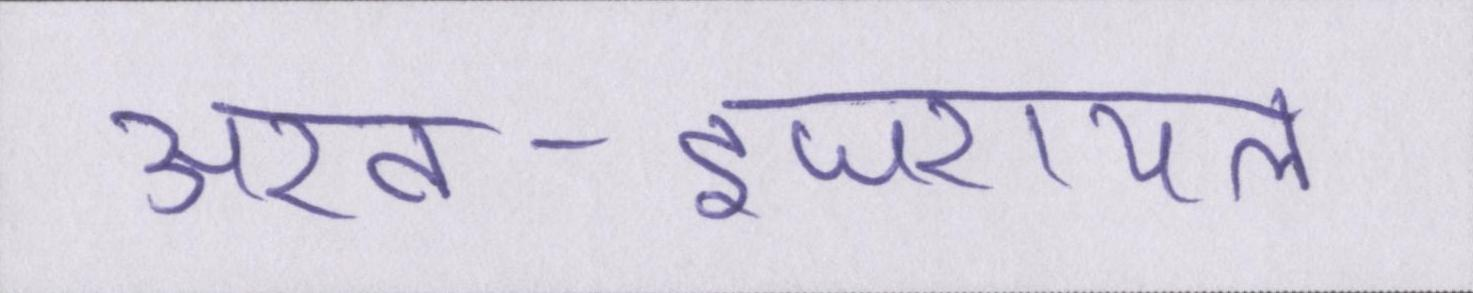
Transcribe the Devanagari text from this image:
अरब-इजरायल